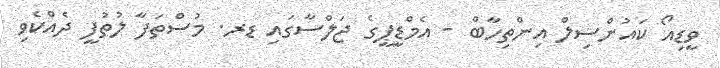
ވީޑިއޯ ކައުންސިލް އިންތިހާބް - އެމްޑީޕީގެ ޖަލްސާގައި ޑރ. މުސްތަފާ ލުތުފީ ދެއްކެވި